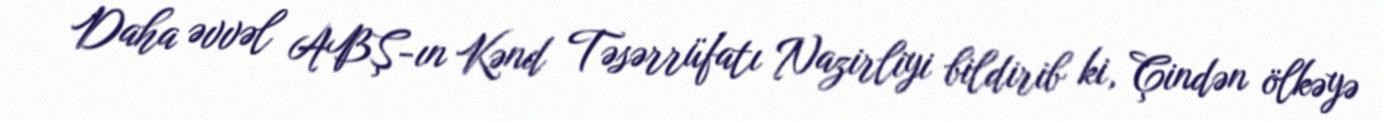
Daha əvvəl ABŞ-ın Kənd Təsərrüfatı Nazirliyi bildirib ki, Çindən ölkəyə